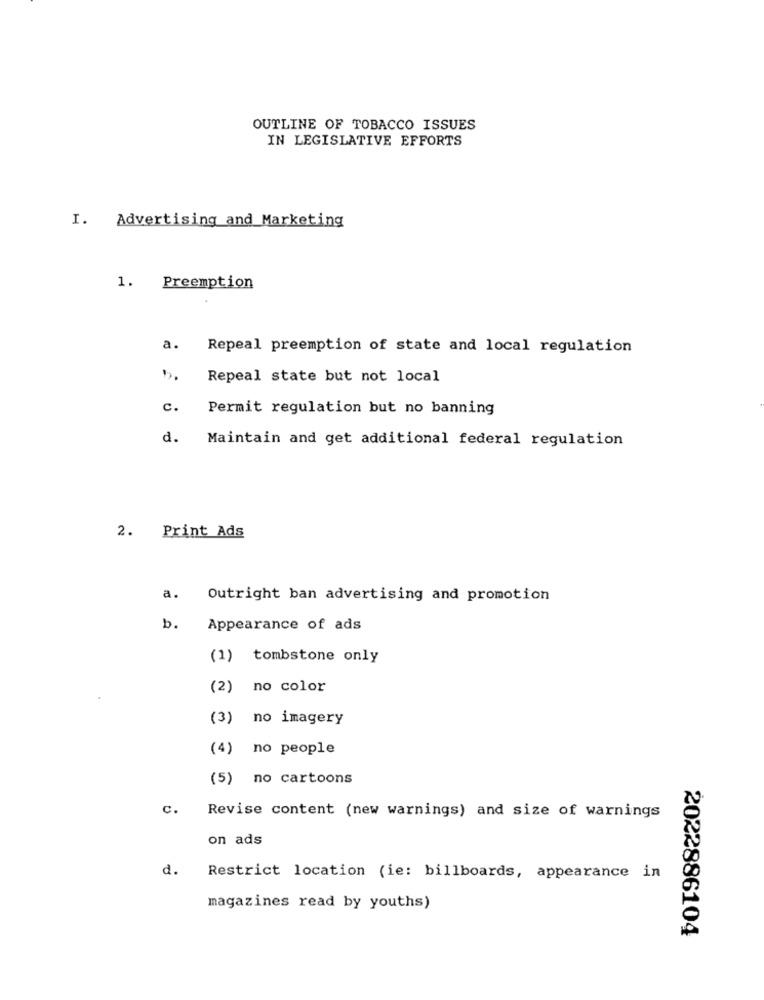
OUTLINE OF TOBACCO ISSUES
IN LEGISLATIVE EFFORTS
I. Advertising and Marketing
1. Preemption
a.
Repeal preemption of state and local regulation
Repeal state but not local
c.
Permit regulation but no banning
d.
Maintain and get additional federal regulation
2. Print Ads
a.
Outright ban advertising and promotion
b.
Appearance of ads
(1) tombstone only
(2) no color
(3) no imagery
(4) no people
(5) no cartoons
c.
Revise content (new warnings) and size of warnings
on ads
d.
Restrict location (ie: billboards, appearance in
magazines read by youths)
2022886104